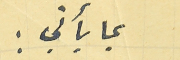
بما يأتي :